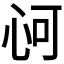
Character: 𢘟